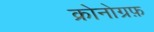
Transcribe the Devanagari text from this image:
क्रोनोग्रफ़